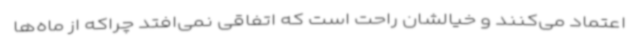
اعتماد می‌کنند و خیالشان راحت است که اتفاقی نمی‌افتد چراکه از ماه‌ها